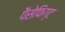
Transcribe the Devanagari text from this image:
पैसेफिग्ट